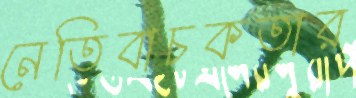
নেতিবাচকতার